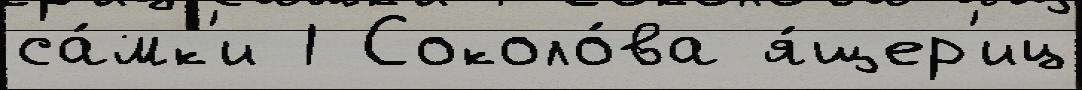
са́мк'и 1 Соколо́ва я́щер'иц